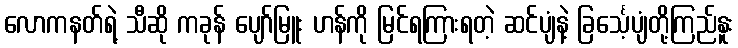
လောကနတ်ရဲ့ သီဆို ကခုန် ပျော်မြူး ဟန်ကို မြင်ရကြားရတဲ့ ဆင်ပျံနဲ့ ခြင်္သေ့ပျံတို့ကြည်နူး